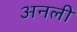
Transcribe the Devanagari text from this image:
अनली